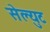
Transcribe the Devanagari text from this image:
सेल्युट